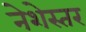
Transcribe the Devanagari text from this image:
नेशेस्तर